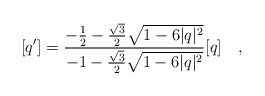
\begin{align*}[q']=\frac{-\frac{1}{2}-\frac{\sqrt{3}}{2}\sqrt{1-6|q|^{2}}}{-1-\frac{\sqrt{3}}{2}\sqrt{1-6|q|^{2}}}[q] ~~~,\end{align*}